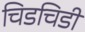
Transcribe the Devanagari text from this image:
चिडचिडी